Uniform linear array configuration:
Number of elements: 8
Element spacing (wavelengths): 0.75
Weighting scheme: hamming
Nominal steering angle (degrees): -45
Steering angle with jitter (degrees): -44.968
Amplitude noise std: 0.05
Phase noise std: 0.05

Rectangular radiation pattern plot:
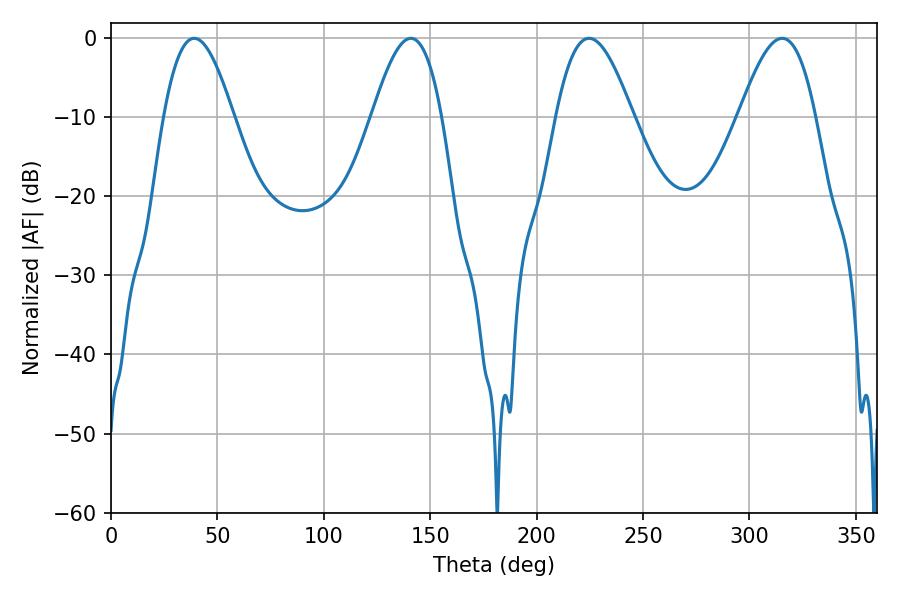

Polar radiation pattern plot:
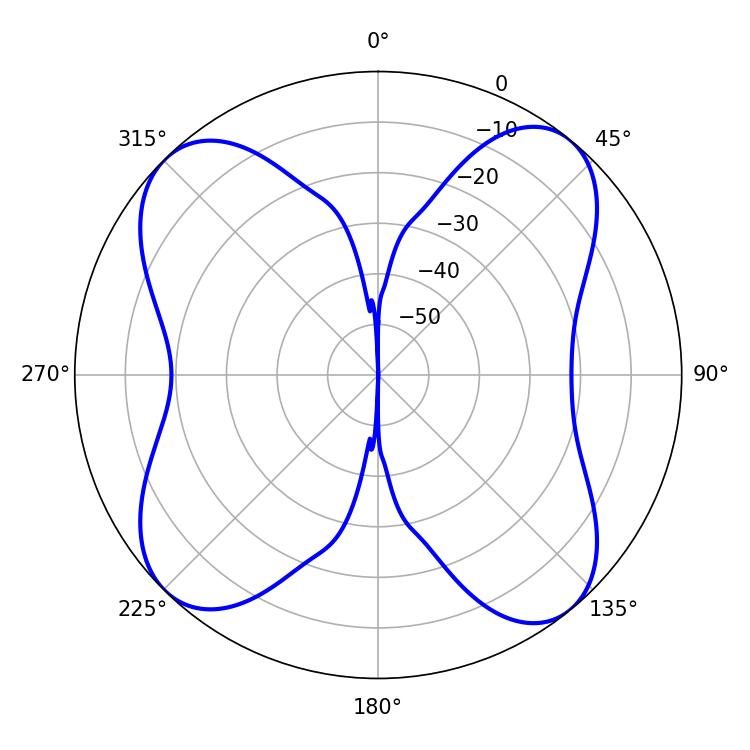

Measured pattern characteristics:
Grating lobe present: TRUE
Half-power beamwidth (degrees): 19.44
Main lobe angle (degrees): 224.64